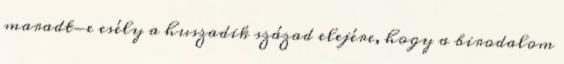
maradt-e esély a huszadik század elejére, hogy a birodalom